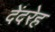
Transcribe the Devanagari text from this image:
देंदरेह